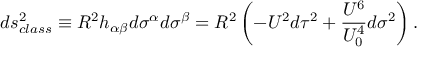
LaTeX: d s _ { c l a s s } ^ { 2 } \equiv R ^ { 2 } h _ { \alpha \beta } d \sigma ^ { \alpha } d \sigma ^ { \beta } = R ^ { 2 } \left( - U ^ { 2 } d \tau ^ { 2 } + \frac { U ^ { 6 } } { U _ { 0 } ^ { 4 } } d \sigma ^ { 2 } \right) .